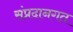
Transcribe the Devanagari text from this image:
संप्रदानगत